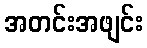
အတင်းအဖျင်း